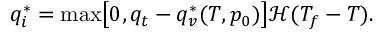
q _ { i } ^ { * } = \operatorname* { m a x } \bigl [ 0 , q _ { t } - q _ { v } ^ { * } ( T , p _ { 0 } ) \bigr ] \mathcal { H } ( T _ { f } - T ) .